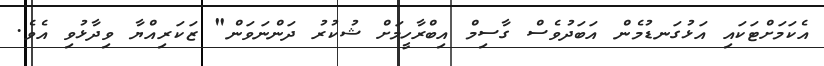
އެކަމަށްޓަކައި އަޅުގަނޑުމެން އަބަދުވެސް ގާސިމް އިބްރާހީމަށް ޝުކުރު ދަންނަވަން" ޒަކަރިއްޔާ ވިދާޅުވި އެވެ.